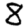
Digit: 8